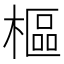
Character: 樞